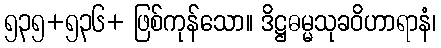
၅၃၅+၅၃၆+ ဖြစ်ကုန်သော။ ဒိဋ္ဌဓမ္မသုခဝိဟာရာနံ၊